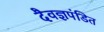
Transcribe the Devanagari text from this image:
दैवज्ञपंडित